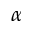
\alpha